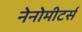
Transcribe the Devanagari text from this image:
नेनोमीटर्स